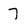
Character: 7